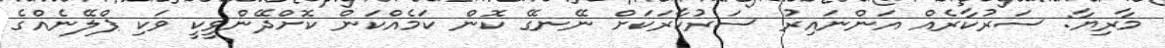
މާރިޔާ: ސަރުކާރެއް އަންނައިރު ސަރުކާރަކަށް ނޭނގޭ ކޮން ކަމެއްކަން ކޮށްދޭންވީކީ ވަކި ޕްލޭނެއްގެ